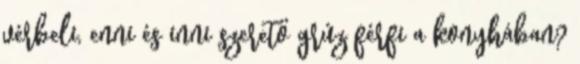
vérbeli, enni és inni szerető grúz férfi a konyhában?